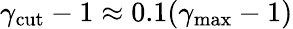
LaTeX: \gamma_{\mathrm{cut}}-1\approx 0.1(\gamma_{\mathrm{max}}-1)